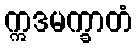
ဣဒမက္ခာတံ